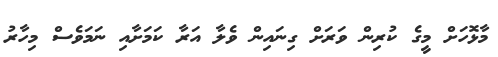
މާޅޮހަށް މީގެ ކުރިން ވަރަށް ގިނައިން ވެލާ އަރާ ކަމަށާއި ނަމަވެސް މިހާރު